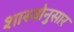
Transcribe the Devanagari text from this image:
शास्त्रोनुसार